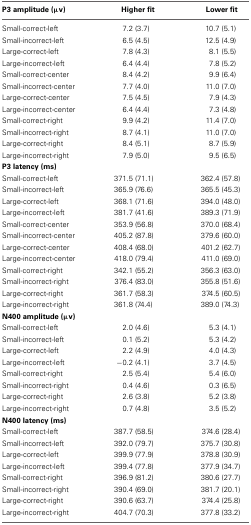
<table><thead><tr><td><b>P3 amplitude (μv)</b></td><td><b>Higher fit</b></td><td><b>Lower fit</b></td></tr></thead><tbody><tr><td>Small-correct-left</td><td>7.2 (3.7)</td><td>10.7 (5.1)</td></tr><tr><td>Small-incorrect-left</td><td>6.5 (4.5)</td><td>12.5 (4.9)</td></tr><tr><td>Large-correct-left</td><td>7.8 (4.3)</td><td>8.1 (5.5)</td></tr><tr><td>Large-incorrect-left</td><td>6.4 (4.4)</td><td>7.8 (5.2)</td></tr><tr><td>Small-correct-center</td><td>8.4 (4.2)</td><td>9.9 (6.4)</td></tr><tr><td>Small-incorrect-center</td><td>7.7 (4.0)</td><td>11.0 (7.0)</td></tr><tr><td>Large-correct-center</td><td>7.5 (4.5)</td><td>7.9 (4.3)</td></tr><tr><td>Large-incorrect-center</td><td>6.4 (4.4)</td><td>7.3 (4.8)</td></tr><tr><td>Small-correct-right</td><td>9.9 (4.2)</td><td>11.4 (7.0)</td></tr><tr><td>Small-incorrect-right</td><td>8.7 (4.1)</td><td>11.0 (7.0)</td></tr><tr><td>Large-correct-right</td><td>8.4 (5.1)</td><td>8.7 (5.9)</td></tr><tr><td>Large-incorrect-right</td><td>7.9 (5.0)</td><td>9.5 (6.5)</td></tr><tr><td colspan="3"><b>P3 latency (ms)</b></td></tr><tr><td>Small-correct-left</td><td>371.5 (71.1)</td><td>362.4 (57.8)</td></tr><tr><td>Small-incorrect-left</td><td>365.9 (76.6)</td><td>365.5 (45.3)</td></tr><tr><td>Large-correct-left</td><td>368.1 (71.6)</td><td>394.0 (48.0)</td></tr><tr><td>Large-incorrect-left</td><td>381.7 (41.6)</td><td>389.3 (71.9)</td></tr><tr><td>Small-correct-center</td><td>353.9 (56.8)</td><td>370.0 (68.4)</td></tr><tr><td>Small-incorrect-center</td><td>405.2 (87.8)</td><td>379.6 (60.0)</td></tr><tr><td>Large-correct-center</td><td>408.4 (68.0)</td><td>401.2 (62.7)</td></tr><tr><td>Large-incorrect-center</td><td>418.0 (79.4)</td><td>411.0 (69.0)</td></tr><tr><td>Small-correct-right</td><td>342.1 (55.2)</td><td>356.3 (63.0)</td></tr><tr><td>Small-incorrect-right</td><td>376.4 (83.0)</td><td>355.8 (51.6)</td></tr><tr><td>Large-correct-right</td><td>361.7 (58.3)</td><td>374.5 (60.5)</td></tr><tr><td>Large-incorrect-right</td><td>361.8 (74.4)</td><td>389.0 (74.3)</td></tr><tr><td colspan="3"><b>N400 amplitude (μv)</b></td></tr><tr><td>Small-correct-left</td><td>2.0 (4.6)</td><td>5.3 (4.1)</td></tr><tr><td>Small-incorrect-left</td><td>0.1 (5.2)</td><td>5.3 (4.2)</td></tr><tr><td>Large-correct-left</td><td>2.2 (4.9)</td><td>4.0 (4.3)</td></tr><tr><td>Large-incorrect-left</td><td>−0.2 (4.1)</td><td>3.7 (4.5)</td></tr><tr><td>Small-correct-right</td><td>2.5 (5.4)</td><td>5.4 (6.0)</td></tr><tr><td>Small-incorrect-right</td><td>0.4 (4.6)</td><td>0.3 (6.5)</td></tr><tr><td>Large-correct-right</td><td>2.6 (3.8)</td><td>5.2 (3.8)</td></tr><tr><td>Large-incorrect-right</td><td>0.7 (4.8)</td><td>3.5 (5.2)</td></tr><tr><td colspan="3"><b>N400 latency (ms)</b></td></tr><tr><td>Small-correct-left</td><td>387.7 (58.5)</td><td>374.6 (28.4)</td></tr><tr><td>Small-incorrect-left</td><td>392.0 (79.7)</td><td>375.7 (30.8)</td></tr><tr><td>Large-correct-left</td><td>399.9 (77.9)</td><td>378.8 (30.9)</td></tr><tr><td>Large-incorrect-left</td><td>399.4 (77.8)</td><td>377.9 (34.7)</td></tr><tr><td>Small-correct-right</td><td>396.9 (81.2)</td><td>380.6 (27.7)</td></tr><tr><td>Small-incorrect-right</td><td>390.4 (69.0)</td><td>381.7 (20.1)</td></tr><tr><td>Large-correct-right</td><td>390.6 (63.7)</td><td>374.4 (25.8)</td></tr><tr><td>Large-incorrect-right</td><td>404.7 (70.3)</td><td>377.8 (33.2)</td></tr></tbody></table>